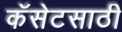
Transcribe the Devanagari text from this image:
कॅसेटसाठी